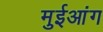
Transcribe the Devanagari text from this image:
मुईआंग